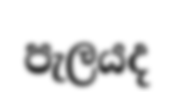
පැලයද